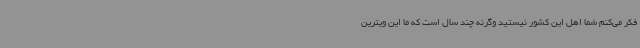
فکر می‌کنم شما اهل این کشور نیستید وگرنه چند سال است که ما این ویترین